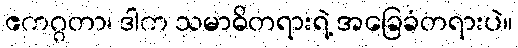
ဧကဂ္ဂတာ၊ ဒါက သမာဓိတရားရဲ့ အခြေခံတရားပဲ။